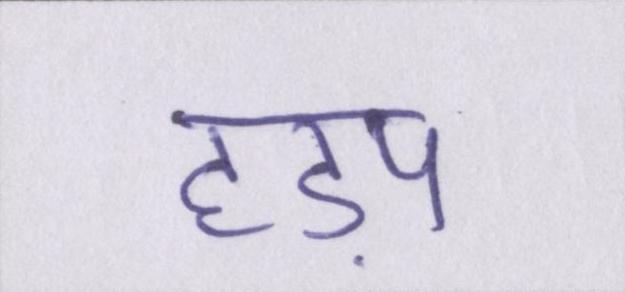
हड़प